Statistical return of the lunatic asylum in Assam - 1912-1932
Year: 1912
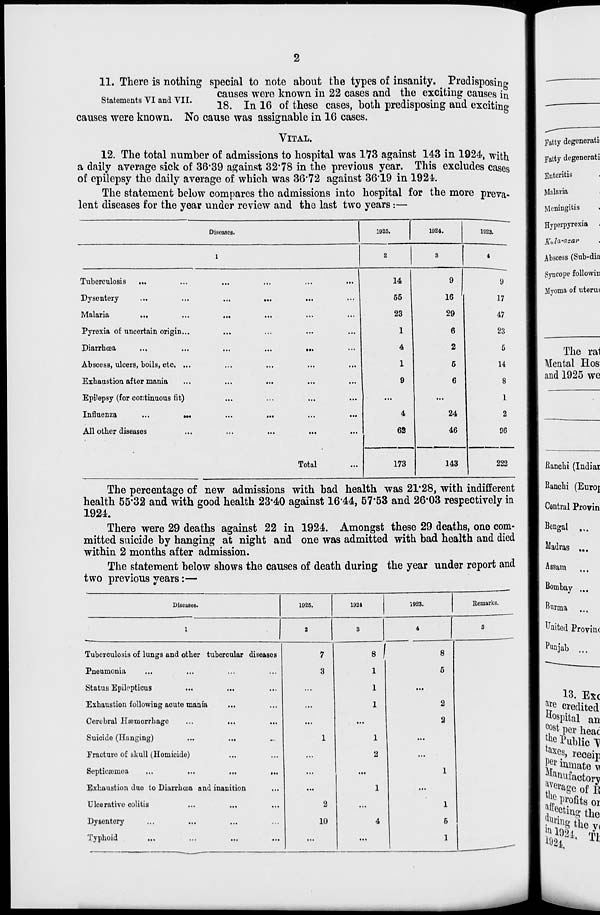
11. There is nothing special to note about the types of insanity. ^ Predisposing
_ T , ____
causes wero known in 22 cases and the exciting causes in
Statements VI and VII.
lg
^ 16 Qf thege ^^ both predisposing and exciting
causes were known. No cause was assignable in 16 cases.
VITAL.
12. The total number of admissions to hospital was 173 against 143 in 1924, with
a daily average sick of 36*39 against 32*78 in the previous year. This excludes cases
of epilepsy the daily average of which was 36*72 against 36*19 in 1924.
The statement below compares the admissions into hospital for the more preva-
lent diseases for the year under review and the last two years:—
Diseases.
1925.
1924.
1923.
Tuberculosis
...
Dysentery
Malaria
Pyrexia of uncertain origin...
Diarrhoea
Abscess, ulcers, boils, etc. ...
Exhaustion after mania
Epilepsy (for continuous fit)
Influenza
...
» M
All other diseases
Total
14
55
23
1
4
1
9
4
62
173
9
16
29
6
2
5
6
24
46
143
9
17
47
23
5
14
8
1
2
96
222
The percentage of new admissions with bad health was 21*28, with indifferent
health 55*32 and with good health 23*40 against 16*44, 57*53 and 26*03 respectively in
1924.
There were 29 deaths against 22 in 1924. Amongst these 29 deaths, one com-
mitted suicide by hanging at night and one was admitted with bad health and died
within 2 months after admission.
The statement below shows the causes of death during the year under report and
two previous years:—
Diseases.
1925.
1924
1923.
Remarks.
Tuberculosis of lungs and other tubercular diseases
Pneumonia
Statua Epilopticus
Exhaustion following acute mania
Cerebral Haemorrhage
Suicide (Hanging)
...
...
Fracture of skull (Homicide)
Septicaimoa
...
...
...
...
Exhaustion due to Diarrhoea and inanition
Ulcerativo colitis
Dysentery
Typhoid
.,.
si
1
1
2
2
1
2
2
10
1
5
1